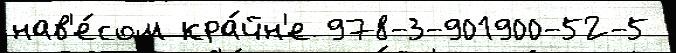
нав'е́сом кра́йн'е 978-3-901900-52-5